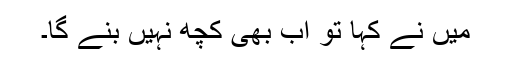
میں نے کہا تو اب بھی کچھ نہیں بنے گا۔